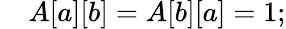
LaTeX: \quad A[a][b]=A[b][a]=1;